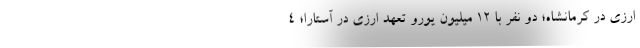
ارزی در کرمانشاه؛ دو نفر با ۱۲ میلیون یورو تعهد ارزی در آستارا؛ ۴